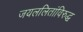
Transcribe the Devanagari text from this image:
जयललितांविरुद्ध